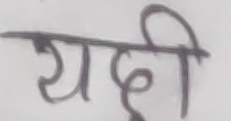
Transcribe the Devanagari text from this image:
यदी